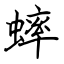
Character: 蟀